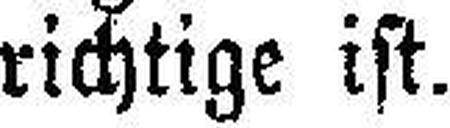
richtige ist.